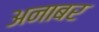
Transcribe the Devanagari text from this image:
अनाबर